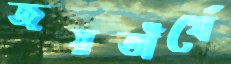
জয়তীর্থে